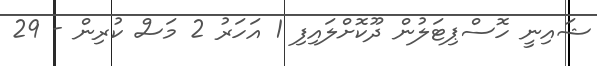
ޝައިނީ ހޮސްޕިޓަލުން ދޫކޮށްލައިފި 1 އަހަރު 2 މަސް ކުރިން - 29